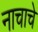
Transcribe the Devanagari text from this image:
नाचाचे